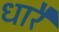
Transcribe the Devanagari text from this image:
धारै